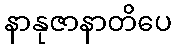
နာနုဇာနာတိပေ